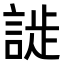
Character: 𬢮